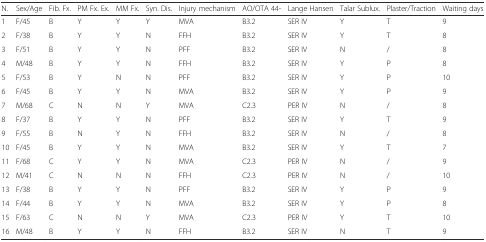
<table><thead><tr><td><b>N.</b></td><td><b>Sex/Age</b></td><td><b>Fib. Fx.</b></td><td><b>PM Fx. Ex.</b></td><td><b>MM Fx.</b></td><td><b>Syn. Dis.</b></td><td><b>Injury mechanism</b></td><td><b>AO/OTA 44-</b></td><td><b>Lange Hansen</b></td><td><b>Talar Sublux.</b></td><td><b>Plaster/Traction</b></td><td><b>Waiting days</b></td></tr></thead><tbody><tr><td>1</td><td>F/45</td><td>B</td><td>Y</td><td>Y</td><td>Y</td><td>MVA</td><td>B3.2</td><td>SER IV</td><td>Y</td><td>T</td><td>9</td></tr><tr><td>2</td><td>F/38</td><td>B</td><td>Y</td><td>Y</td><td>N</td><td>FFH</td><td>B3.2</td><td>SER IV</td><td>Y</td><td>T</td><td>8</td></tr><tr><td>3</td><td>F/51</td><td>B</td><td>Y</td><td>Y</td><td>N</td><td>PFF</td><td>B3.2</td><td>SER IV</td><td>N</td><td>/</td><td>8</td></tr><tr><td>4</td><td>M/48</td><td>B</td><td>Y</td><td>Y</td><td>N</td><td>FFH</td><td>B3.2</td><td>SER IV</td><td>Y</td><td>P</td><td>8</td></tr><tr><td>5</td><td>F/53</td><td>B</td><td>Y</td><td>N</td><td>N</td><td>PFF</td><td>B3.2</td><td>SER IV</td><td>Y</td><td>P</td><td>10</td></tr><tr><td>6</td><td>F/45</td><td>B</td><td>Y</td><td>Y</td><td>N</td><td>MVA</td><td>B3.2</td><td>SER IV</td><td>Y</td><td>P</td><td>9</td></tr><tr><td>7</td><td>M/68</td><td>C</td><td>N</td><td>N</td><td>Y</td><td>MVA</td><td>C2.3</td><td>PER IV</td><td>N</td><td>/</td><td>8</td></tr><tr><td>8</td><td>F/37</td><td>B</td><td>Y</td><td>Y</td><td>N</td><td>PFF</td><td>B3.2</td><td>SER IV</td><td>Y</td><td>T</td><td>9</td></tr><tr><td>9</td><td>F/55</td><td>B</td><td>N</td><td>Y</td><td>N</td><td>FFH</td><td>B3.2</td><td>SER IV</td><td>N</td><td>/</td><td>8</td></tr><tr><td>10</td><td>F/45</td><td>B</td><td>Y</td><td>Y</td><td>N</td><td>MVA</td><td>B3.2</td><td>SER IV</td><td>Y</td><td>T</td><td>7</td></tr><tr><td>11</td><td>F/68</td><td>C</td><td>Y</td><td>Y</td><td>N</td><td>MVA</td><td>C2.3</td><td>PER IV</td><td>N</td><td>/</td><td>9</td></tr><tr><td>12</td><td>M/41</td><td>C</td><td>N</td><td>N</td><td>N</td><td>FFH</td><td>C2.3</td><td>PER IV</td><td>N</td><td>/</td><td>10</td></tr><tr><td>13</td><td>F/38</td><td>B</td><td>Y</td><td>Y</td><td>N</td><td>PFF</td><td>B3.2</td><td>SER IV</td><td>Y</td><td>P</td><td>9</td></tr><tr><td>14</td><td>F/44</td><td>B</td><td>Y</td><td>Y</td><td>N</td><td>MVA</td><td>B3.2</td><td>SER IV</td><td>Y</td><td>P</td><td>8</td></tr><tr><td>15</td><td>F/63</td><td>C</td><td>N</td><td>N</td><td>Y</td><td>MVA</td><td>C2.3</td><td>PER IV</td><td>Y</td><td>T</td><td>10</td></tr><tr><td>16</td><td>M/48</td><td>B</td><td>Y</td><td>Y</td><td>N</td><td>FFH</td><td>B3.2</td><td>SER IV</td><td>N</td><td>T</td><td>9</td></tr></tbody></table>